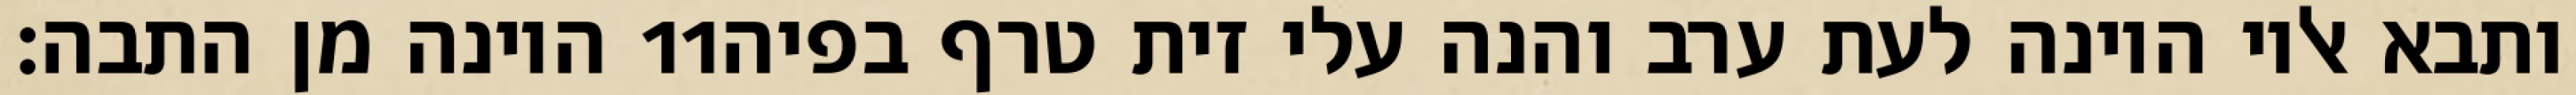
היונה מן התבה׃ ‎11‏ ותבא אליו היונה לעת ערב והנה עלי זית טרף בפיה